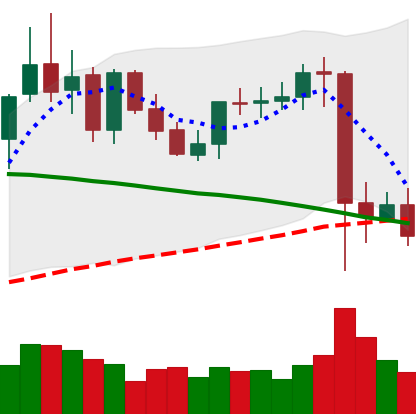
Ticker: XMR-USD
Chart end date: 2021-09-10
Forward return: 8.216%
Label: up_7plus